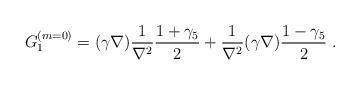
LaTeX: \begin{align*}G_1^{(m=0)}=(\gamma \nabla)\frac{1}{\nabla^2}\frac{1+\gamma_5}{2}+\frac{1}{\nabla^2}(\gamma \nabla)\frac{1-\gamma_5}{2}~.\end{align*}